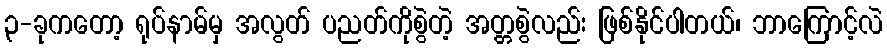
၃-ခုကတော့ ရုပ်နာမ်မှ အလွတ် ပညတ်ကိုစွဲတဲ့ အတ္တစွဲလည်း ဖြစ်နိုင်ပါတယ်၊ ဘာကြောင့်လဲ